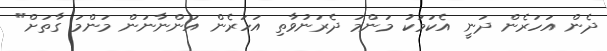
ދެން އަހަރެން ދަނީ އެކަމަކު މަންމަ ދެރަނުވާތި އަހަރެން އަންނާނަން މަންމަ ގާތަށް"